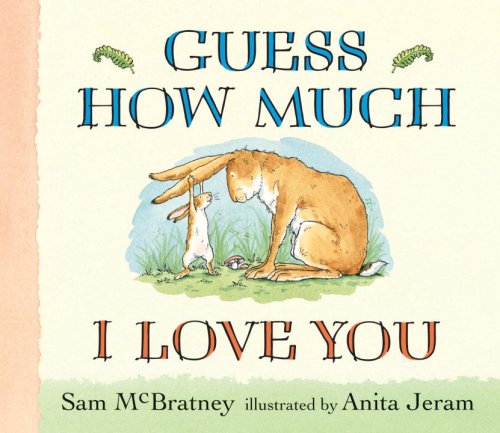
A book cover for Guess How Much I Love You; Sam McBratney; Reference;